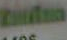
ماست